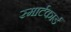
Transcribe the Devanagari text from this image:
स्मार्टकार्ड